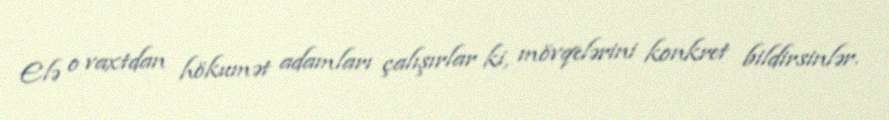
Elə o vaxtdan hökumət adamları çalışırlar ki, mövqelərini konkret bildirsinlər.